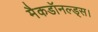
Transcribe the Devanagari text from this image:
मैकडॉनल्ड्स।